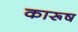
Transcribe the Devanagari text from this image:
कारूष